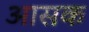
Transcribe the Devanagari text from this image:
आसक